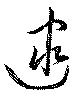
逮